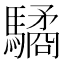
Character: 驈